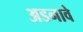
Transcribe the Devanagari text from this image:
अडनावे